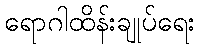
ရောဂါထိန်းချုပ်ရေး